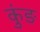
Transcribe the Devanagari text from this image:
कुंङ